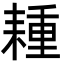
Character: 𦔉